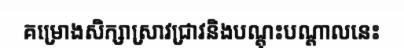
គម្រោងសិក្សាស្រាវជ្រាវនិងបណ្តុះបណ្តាលនេះ